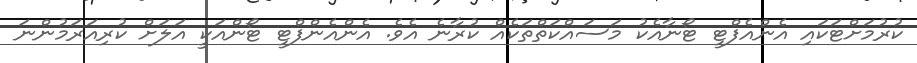
ކުރުމަށްޓަކައި އެންއެފްޓީ ޓޯނާއެކު މަސައްކަތްތަކެއް ކުރާނެ އެވެ. އެންއެންފްޓީ ޓޯންއަކީ އަލަށް ކުރިއަރަމުންނަ